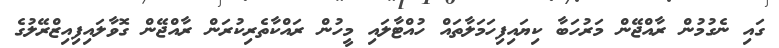
ގައި ނެގުމުން ރާއްޖޭން މަރުހަބާ ކިޔައިފިހަމަލާތައް ހުއްޓާލައި މީހުން ރައްކާތެރިކުރަން ރާއްޖޭން ގޮވާލައިފިއިޒްރޭލުގެ